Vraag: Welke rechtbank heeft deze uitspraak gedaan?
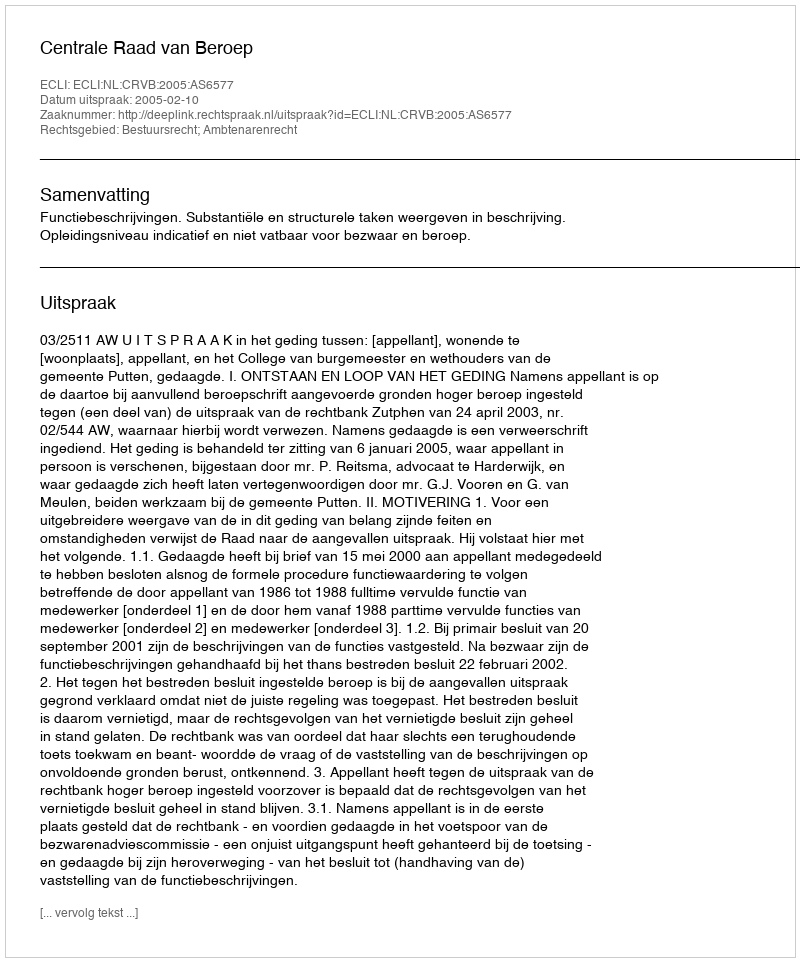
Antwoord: Centrale Raad van Beroep